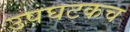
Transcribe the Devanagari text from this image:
उपघटकच